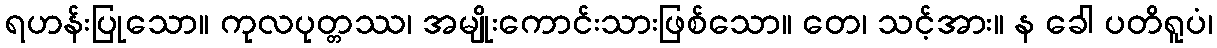
ရဟန်းပြုသော။ ကုလပုတ္တဿ၊ အမျိုးကောင်းသားဖြစ်သော။ တေ၊ သင့်အား။ န ခေါ ပတိရူပံ၊